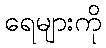
ရေများကို